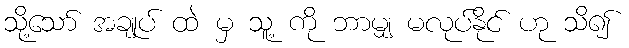
သို့သော် အချုပ် ထဲ မှ သူ့ ကို ဘာမျှ မလုပ်နိုင် ဟု သိ၍